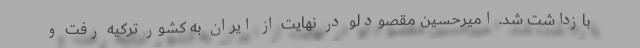
بازداشت شد. امیرحسین مقصودلو در نهایت از ایران به کشور ترکیه رفت و